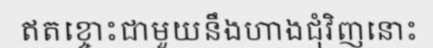
ឥតខ្ចោះជាមួយនឹងហាងជុំវិញនោះ